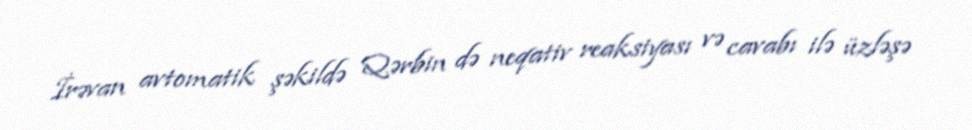
İrəvan avtomatik şəkildə Qərbin də neqativ reaksiyası və cavabı ilə üzləşə